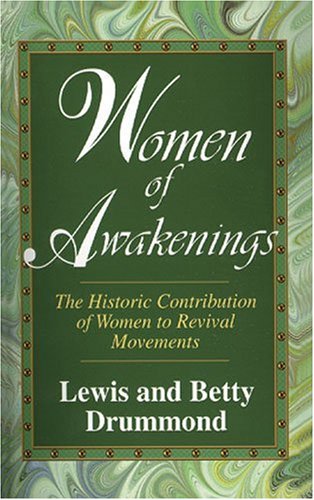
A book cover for Women of Awakenings: The Historic Contribution of Women to Revival; Lewis A. Drummond; Politics & Social Sciences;